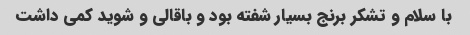
با سلام و تشکر برنج بسیار شفته بود و باقالی و شوید کمی داشت